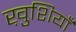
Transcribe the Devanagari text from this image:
ख़ुशियाँ